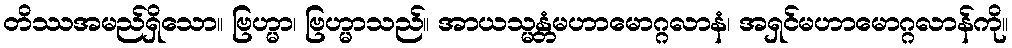
တိဿအမည်ရှိသော။ ဗြဟ္မာ၊ ဗြဟ္မာသည်။ အာယသ္မန္တံမဟာမောဂ္ဂလာနံ၊ အရှင်မဟာမောဂ္ဂလာန်ကို။